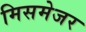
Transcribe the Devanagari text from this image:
मिसमेजर